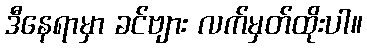
ဒီနေရာမှာ ခင်ဗျား လက်မှတ်ထိုးပါ။